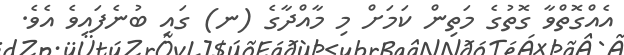
އެއްގޮތްވާ ގޮތުގެ މަތިން ކަމަށް މި މާއްދާގެ (ނ) ގައި ބުނެފައިވެ އެވެ.